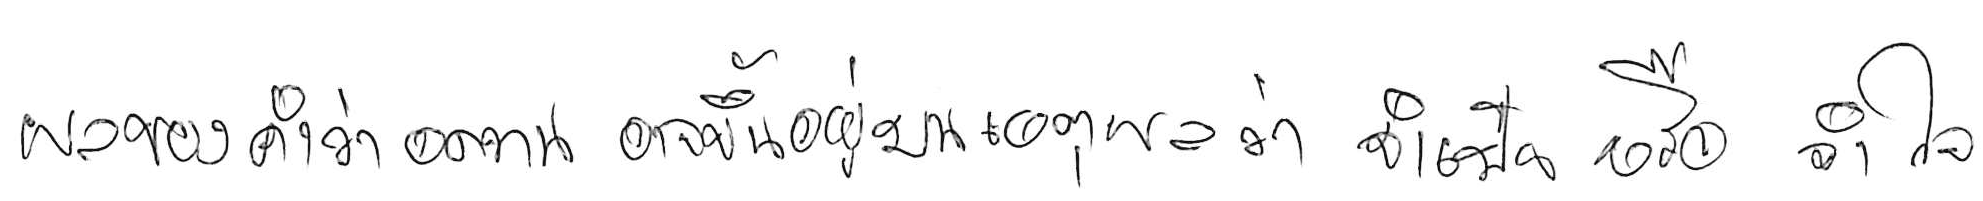
ผลของคำว่า อดทน อาจขึ้นอยู่บนเหตุผลว่า จำเป็น หรือ จำใจ